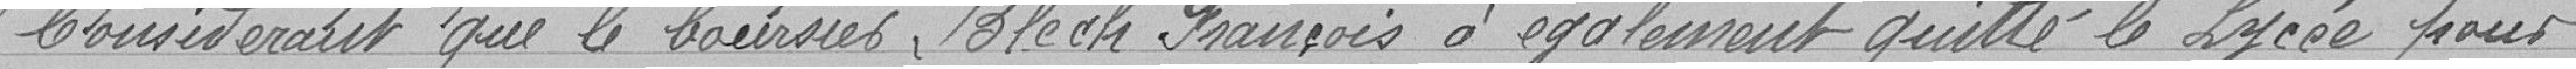
Considérant que le boursier, BLECH François a également quitté le Lycée pour